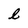
Character: l